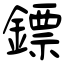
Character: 鏢